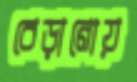
বেড়ানোয়